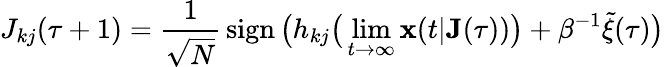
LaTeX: J_{kj}(\tau+1)=\frac{1}{\sqrt{N}}\, \mathrm{sign}\, \big(h_{kj}\big(\operatorname*{lim}_{t\rightarrow\infty}\mathbf{x}(t|\mathbf{J}(\tau))\big)+\beta^{-1}\tilde{\xi}(\tau)\big)